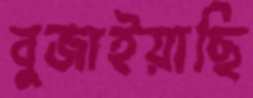
বুজাইয়াছি